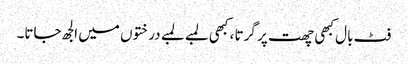
فٹ بال کبھی چھت پر گرتا ، کبھی لمبے لمبے درختوں میں الجھ جاتا۔